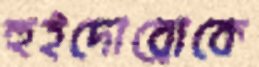
হুইদোব্রোকে